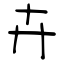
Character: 卉